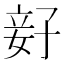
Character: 𫲨